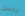
رددت